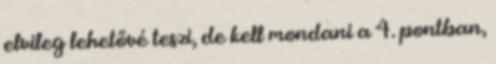
elvileg lehetővé teszi, de kell mondani a 4. pontban,